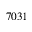
7 0 3 1